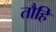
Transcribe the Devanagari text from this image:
तौहि